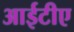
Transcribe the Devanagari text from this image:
आईटीए